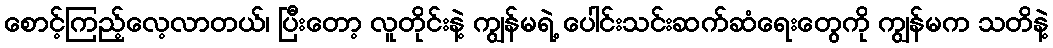
စောင့်ကြည့်လေ့လာတယ်၊ ပြီးတော့ လူတိုင်းနဲ့ ကျွန်မရဲ့ ပေါင်းသင်းဆက်ဆံရေးတွေကို ကျွန်မက သတိနဲ့